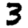
Digit: 3